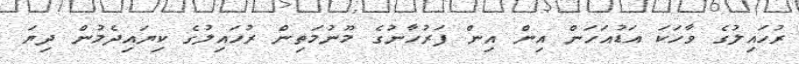
ރުހައިލުގެ ވާހަކަ އަޑުއަހަން އިން އިން ފަރުހާނުގެ މޫނުމަތިން ރުހައިލުގެ ކިޔައިދެމުން ދިޔަ